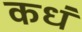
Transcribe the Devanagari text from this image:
कधं